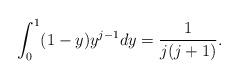
LaTeX: \begin{align*} \int_0^1 (1-y) y^{j-1}dy = \frac1{j(j+1)}.\end{align*}